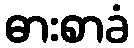
ဓားစာခံ